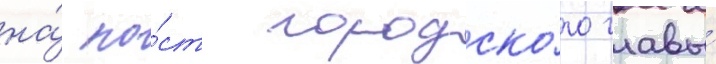
на́ по́ст городско́го главы́